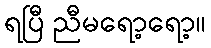
ရပြီ ညီမရော့ရော့။